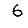
Digit: 6